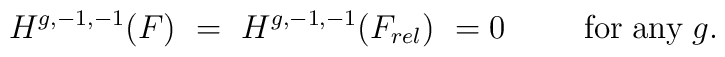
H^{g,-1,-1}(F)\ =\ H^{g,-1,-1}(F_{rel})\ = 0 \hspace{1cm} {\rm for\; any}\; g.